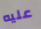
عليه